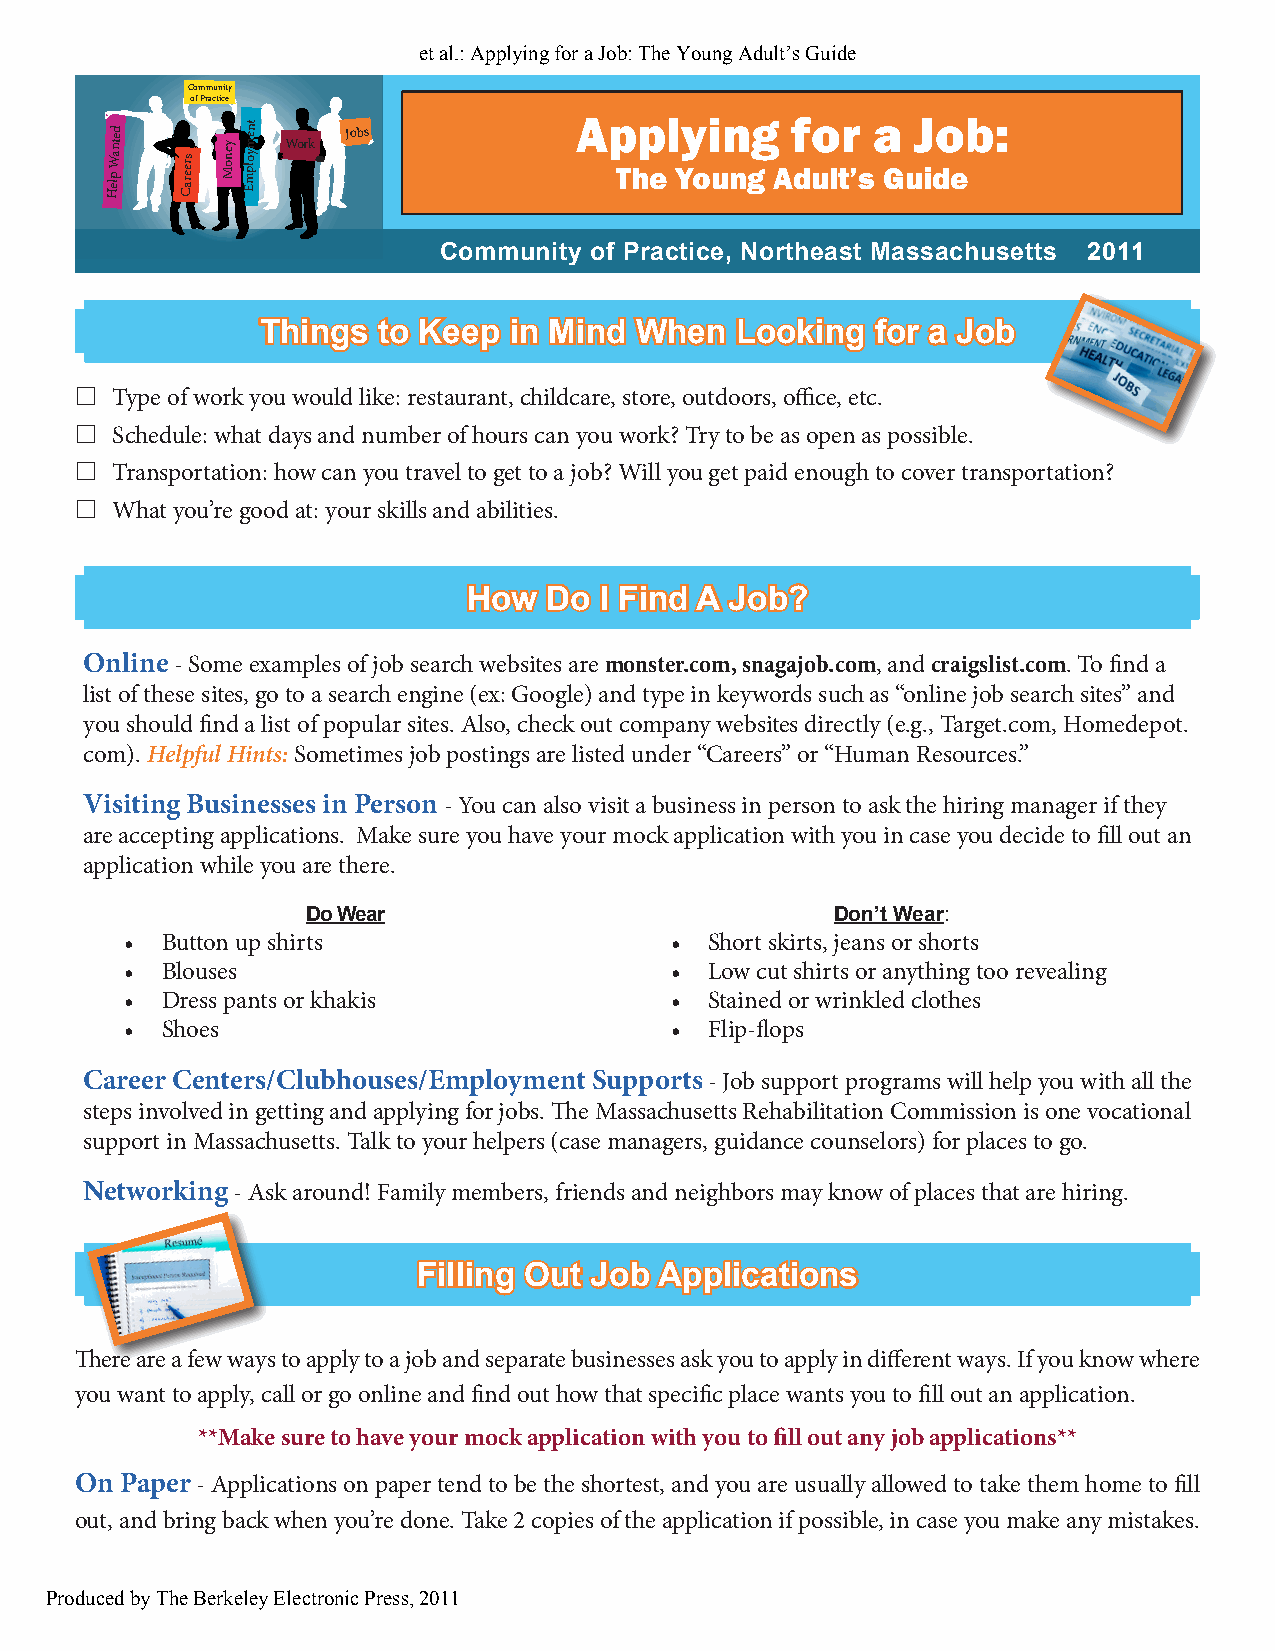
et al.: Applying for a Job: The Young Adult’s Guide
 Community
 of Practice
 Help
 Wanted
 Careers
 y
 en
 o
 M
 Employment
 Work
 Jobs           Ap Thp el Yy oi un ngg
 A
 f duo ltr
 ’s
 a
 G
 uJ ido eb :
 Community of Practice, Northeast Massachusetts 2011
 Things  to Keep  in Mind When   Looking  for a Job
 Type of work you would like: restaurant, childcare, store, outdoors, office, etc.
 Schedule: what days and number of hours can you work? Try to be as open as possible.
 Transportation: how can you travel to get to a job? Will you get paid enough to cover transportation?
 What you’re good at: your skills and abilities.
 How  Do  I Find A Job?
 Online - Some examples of job search websites are monster.com, snagajob.com, and craigslist.com. To find a
 list of these sites, go to a search engine (ex: Google) and type in keywords such as “online job search sites” and
 you should find a list of popular sites. Also, check out company websites directly (e.g., Target.com, Homedepot.
 com). Helpful Hints: Sometimes job postings are listed under “Careers” or “Human Resources.”
 Visiting Businesses in Person - You can also visit a business in person to ask the hiring manager if they
 are accepting applications. Make sure you have your mock application with you in case you decide to fill out an
 application while you are there.
 Do Wear                            Don’t Wear:
 •  Button up shirts                 •  Short skirts, jeans or shorts
 •  Blouses                          •  Low cut shirts or anything too revealing
 •  Dress pants or khakis            •  Stained or wrinkled clothes
 •  Shoes                            •  Flip-flops
 Career Centers/Clubhouses/Employment Supports - Job support programs will help you with all the
 steps involved in getting and applying for jobs. The Massachusetts Rehabilitation Commission is one vocational
 support in Massachusetts. Talk to your helpers (case managers, guidance counselors) for places to go.
 Networking - Ask around! Family members, friends and neighbors may know of places that are hiring.
 Filling Out Job Applications
 There are a few ways to apply to a job and separate businesses ask you to apply in different ways. If you know where
 you want to apply, call or go online and find out how that specific place wants you to fill out an application.
 **Make sure to have your mock application with you to fill out any job applications**
 On Paper - Applications on paper tend to be the shortest, and you are usually allowed to take them home to fill
 out, and bring back when you’re done. Take 2 copies of the application if possible, in case you make any mistakes.
 Produced by The Berkeley Electronic Press, 2011